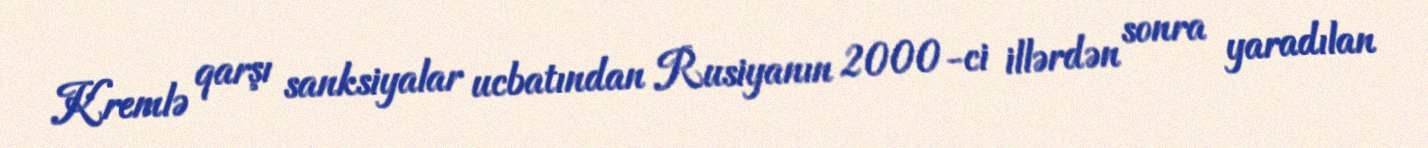
Kremlə qarşı sanksiyalar ucbatından Rusiyanın 2000-ci illərdən sonra yaradılan